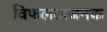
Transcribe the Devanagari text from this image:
विफलताजनक